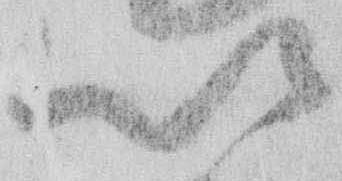
以